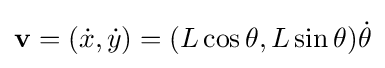
\mathbf {v} =({\dot {x}},{\dot {y}})=(L\cos \theta ,L\sin \theta ){\dot {\theta }}